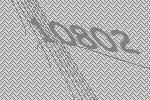
10802